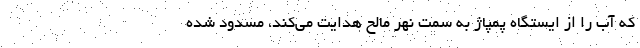
که آب را از ایستگاه پمپاژ به سمت نهر مالح هدایت می‌کند، مسدود شده